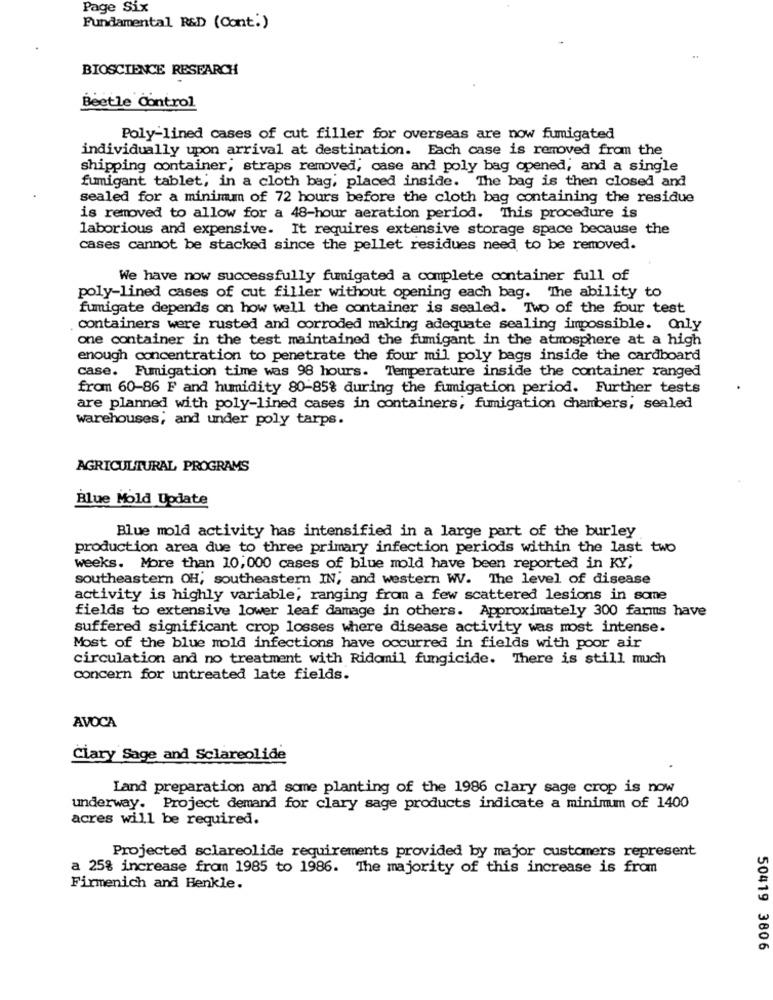
Page Six
Fundamental R&D (Cont:)
BIOSCIENCE RESEARCH
Beetle Control
Poly-lined cases of cut filler for overseas are now fumigated
individually upon arrival at destination. Each case is removed from the
shipping container, straps removed, case and poly bag opened, and a single
fumigant tablet, in a cloth bag, placed inside. The bag is then closed and
sealed for a minimum of 72 hours before the cloth bag containing the residue
is removed to allow for a 48-hour aeration period. This procedure is
laborious and expensive. It requires extensive storage space because the
cases cannot be stacked since the pellet residues need to be removed.
We have now successfully fumigated a complete container full of
poly-lined cases of cut filler without opening each bag. The ability to
fumigate depends on how well the container is sealed. Two of the four test
. containers were rusted and corroded making adequate sealing impossible. Only
one container in the test maintained the fumigant in the atmosphere at a high
enough concentration to penetrate the four mil poly bags inside the cardboard
case. Fumigation time was 98 hours. Temperature inside the container ranged
from 60-86 F and humidity 80-85% during the fumigation period. Further tests
are planned with poly-lined cases in containers; fumigation chambers, sealed
warehouses; and under poly tarps.
AGRICULTURAL PROGRAMS
Blue Mold Update
Blue mold activity has intensified in a large part of the burley
production area due to three primary infection periods within the last two
weeks. More than 10,000 cases of blue mold have been reported in KY;
southeastern OH, southeastern IN, and western W. The level of disease
activity is highly variable; ranging from a few scattered lesions in some
fields to extensive lower leaf damage in others. Approximately 300 farms have
suffered significant crop losses where disease activity was most intense.
Most of the blue mold infections have occurred in fields with poor air
circulation and no treatment with Ridomil fungicide. There is still much
concern for untreated late fields.
AVOCA
Clary Sage and Sclareolide
Land preparation and some planting of the 1986 clary sage crop is now
underway. Project demand for clary sage products indicate a minimum of 1400
acres will be required.
Projected sclareolide requirements provided by major customers represent
a 25% increase from 1985 to 1986. The majority of this increase is from
Firmenich and Henkle.
50419 3806